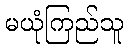
မယုံကြည်သူ